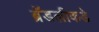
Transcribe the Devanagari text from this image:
ब्रॅडलीकडे